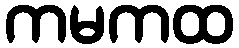
ကမကထ